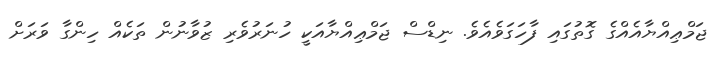
ޖަމްޢިއްޔާއެއްގެ ގޮތުގައި ފާހަގަވެއެވެ. ނިޑްސް ޖަމްޢިއްޔާއަކީ ހުނަރުވެރި ޒުވާނުން ތަކެއް ހިންގާ ވަރަށް